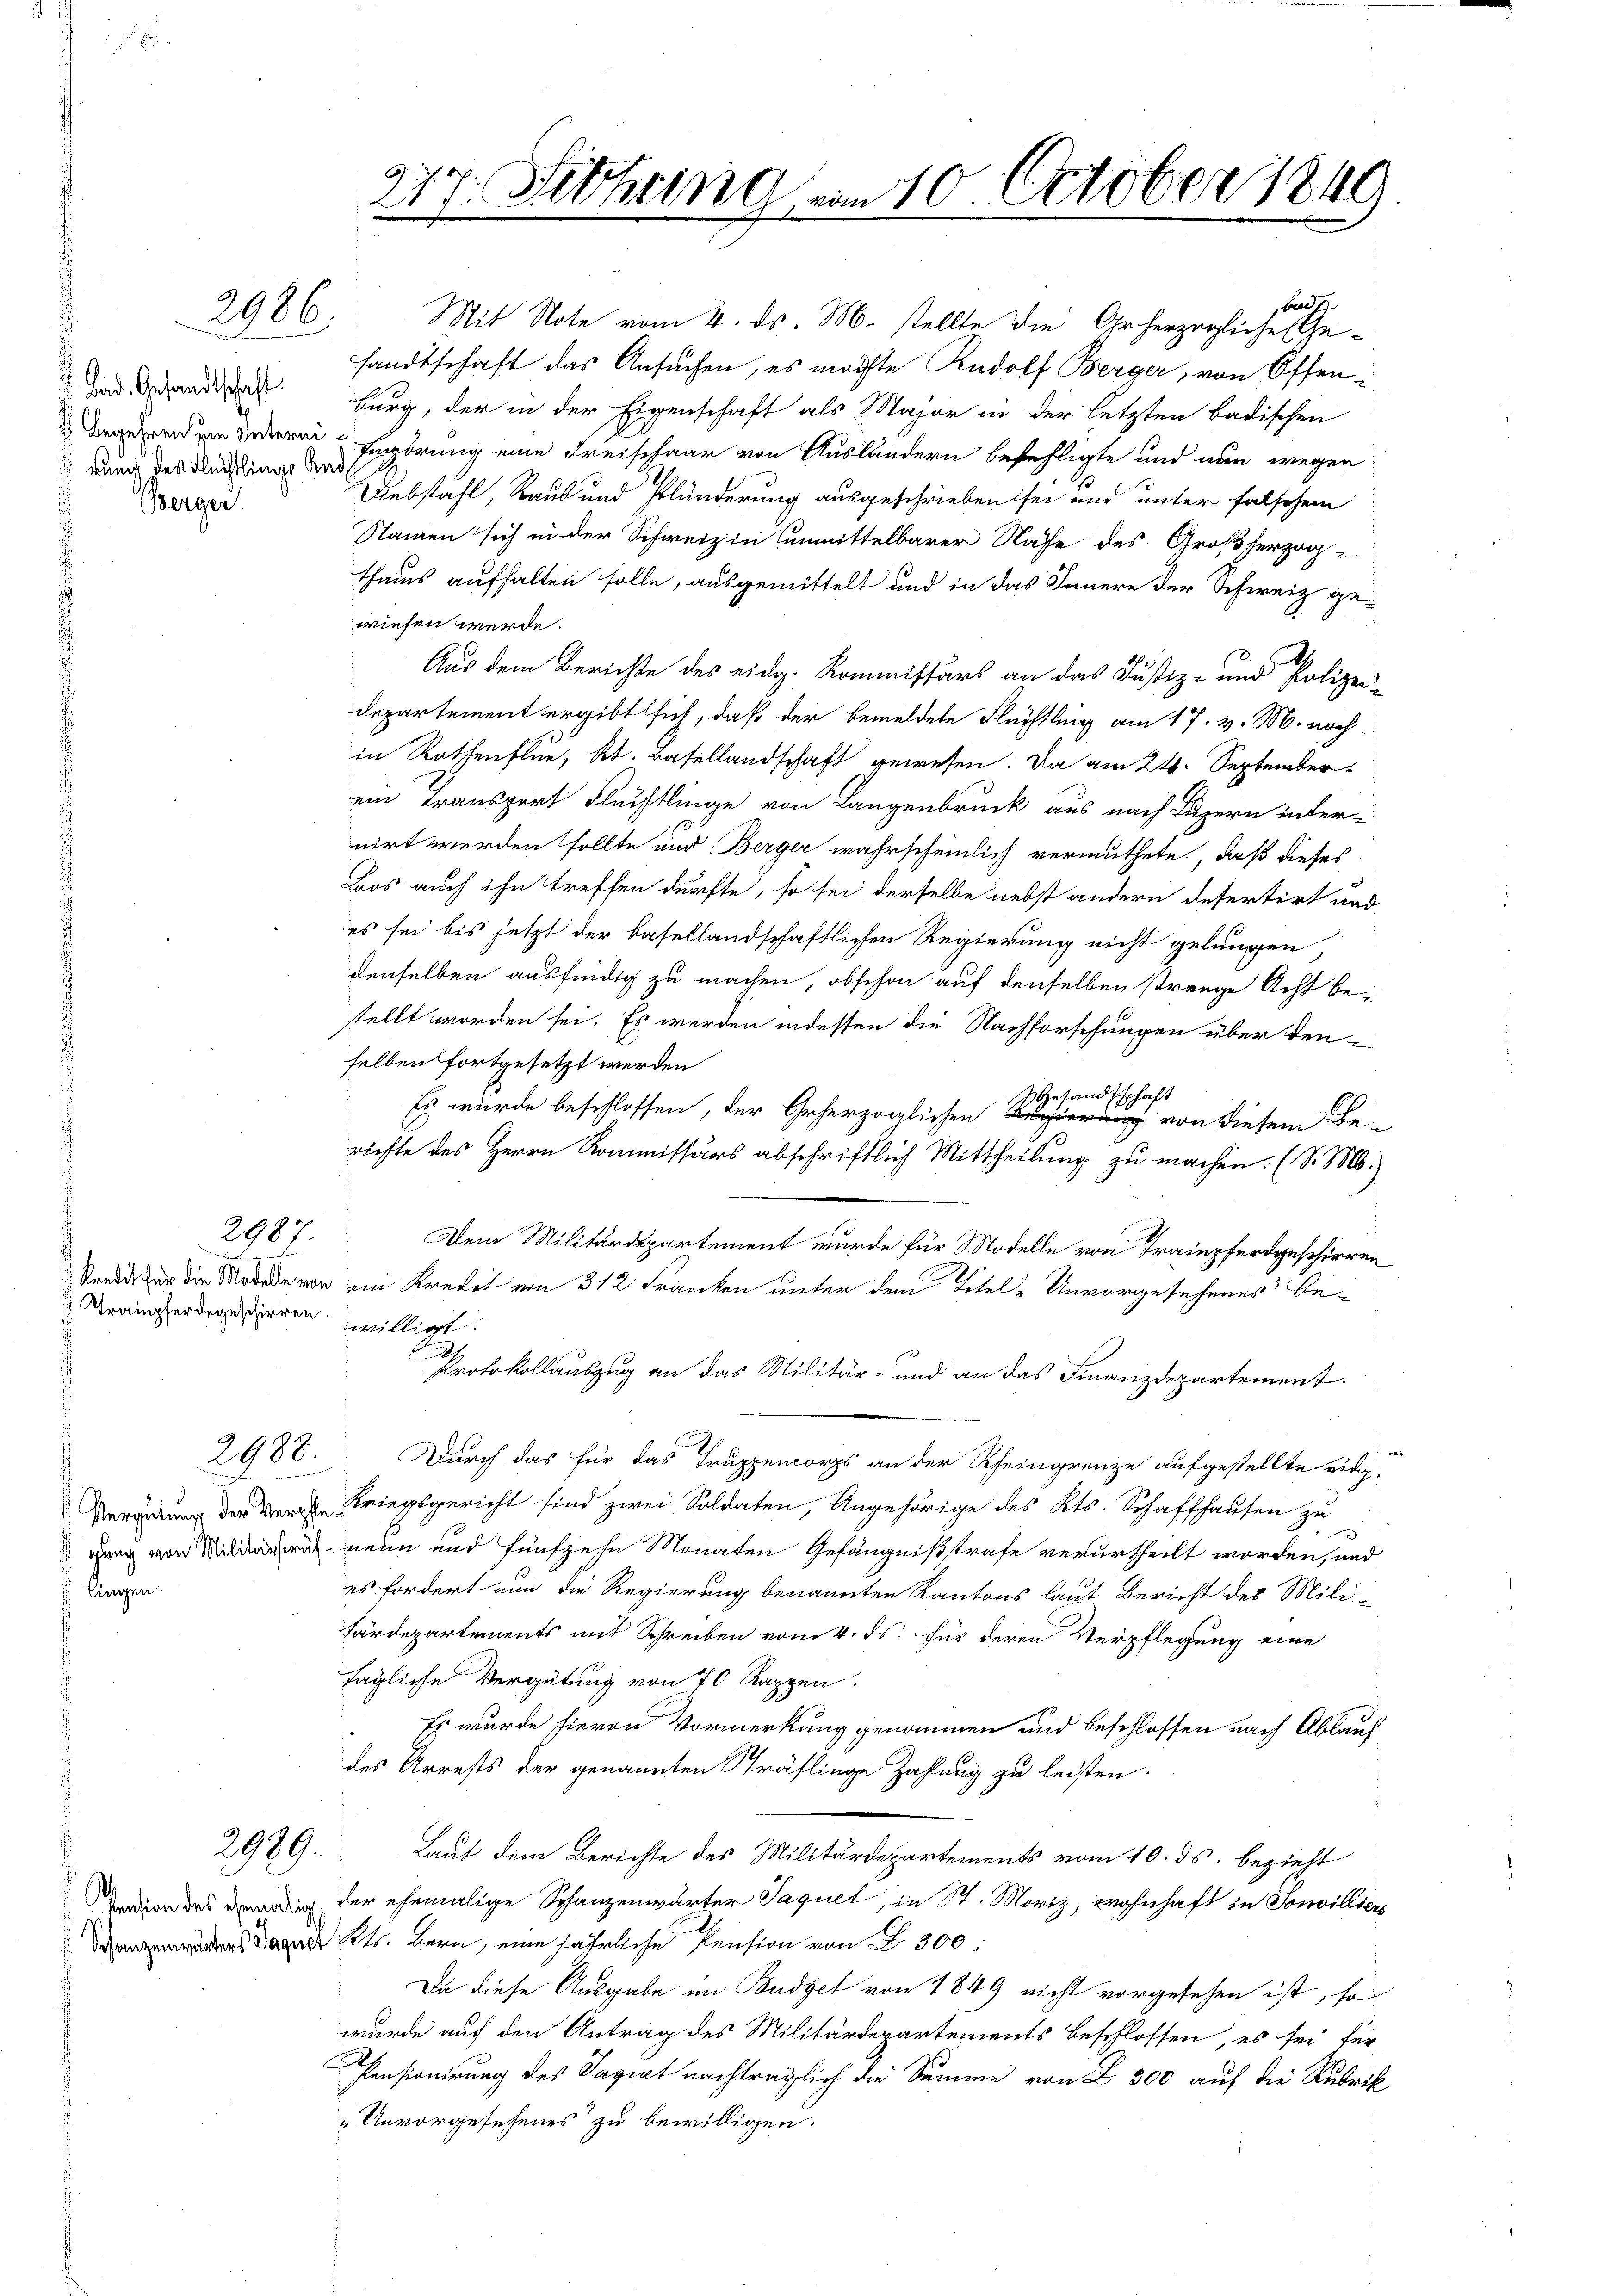
2906.

Bad. Gesandtschaft
rung des Flüchtlings And¬
Berger

2987.

Trampferdegeschirren willigt.

2988.

lingen.

2989.

2717. Fehring am 10. October 1849

badt
Mit Note vom 4. ds. M. stellte die Geherzogliche Gesandtschaft das Ansuchen, es möchte Rudolf Berger, von Offenburg, der in der Eigenschaft als Major in der letzten badischen
Granderend von deren Engörung eine Kreisepaar von Ausländern befehligte und nun wegen
Diebstahl, Raub und Plünderung ausgeschrieben sei und unter falschen
Namen sich in der Schweiz in unmittelbarer Nasse des Großherzogthaus aufhalten solle, ausgemittelt und in das Innere der Schweiz gewiesen werde.
Aus dem Berichte des eidg. Kommissärs an das Justiz- und Polizei-
departement ergibt sich, daß der bemeldete Flüchtling am 17. v. M. noch
in Rothenfler, Kt. Basellandschaft gewesen. Da am 24. September
ein Transport Fluchtlinge von Langenbruck aus nach Luzern inter-
nirt werden sollte und Berger wahrscheinlich vermuthete, daß dieses
Bos auch ihn treffen dürfte, so sei derselbe nebst andern desertirt und
es sei bis jetzt der basellandschaftlichen Regierung nicht gelungen,
denselben ausfindig zu machen, obschon auf denselben strenge Acht be-
stellt worden sei. Es werden indessen die Nachforschungen über denselben fortgesetzt werden
Gesandtschaft
Es wurde beschlossen, der Geherzoglichen von diesem Be-
richte des Herrn Kommissärs abschriftlich Mittheilung zu machen. (S. M.)
.
Dem Militärdepartement wurde für Modelle von Trampferdgeschirren
Streid zur die Modalen vor ein Kredit von 312 Franken unter dem Titel - Unvorgesehenes be¬
Protokollauszug an das Militär- und an das Finanzdepartement.
Durch das für das Truppemorps an der Rheingrenze aufgestellte eidg.
 der Kriegsgericht sind zwei Soldaten, Angehörige des Kts. Schaffhausen zu
2
gung von Mildern neue und fünfzehn Monaten Gefängnißstrafe verurtheilt worden, und
es fordert nun die Regierung benannten Kantons laut Bericht des Militärdepartements mit Schreiben vom 4. ds. für deren Verpflegung eine
tägliche Vergütung von 70 Rappen.
Es wurde hievon Vormerkung genommen und beschlossen nach Ablauf
des Arrests der genannten Sträflinge Zahlung zu leisten.
Laut dem Berichte des Militärdepartements vom 10. ds. bezieht
 der ehemalige Schanzenwärter Jaquet, in St. Moriz, wohnhaft in Sonvilliere
 Kt. Bern, eine jährliche Pension von § 300.
Da diese Ausgabe im Budget von 1849 nicht vorgesehen ist, so
wurde auf den Antrag des Militärdepartements beschlossen, es sei für
Pensionirung des Sagiat nachträglich die Samme von Z 300 auf die Rubrik
Unvorgesehenes zu bewilligen.